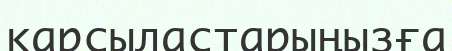
қарсыластарыңызға